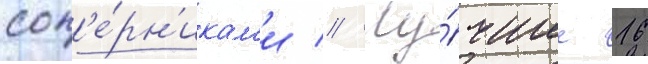
соп'е́рн'икам'и // Лу́чшие 16